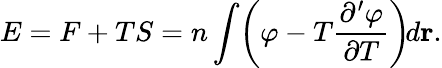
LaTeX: \begin{array}{l}{\displaystyle{E=F+TS=n\int\! \left(\varphi-T\frac{\partial^{\prime}\varphi}{\partial T}\right)\! d{\mathbf r}.}}\end{array}